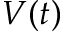
V ( t )